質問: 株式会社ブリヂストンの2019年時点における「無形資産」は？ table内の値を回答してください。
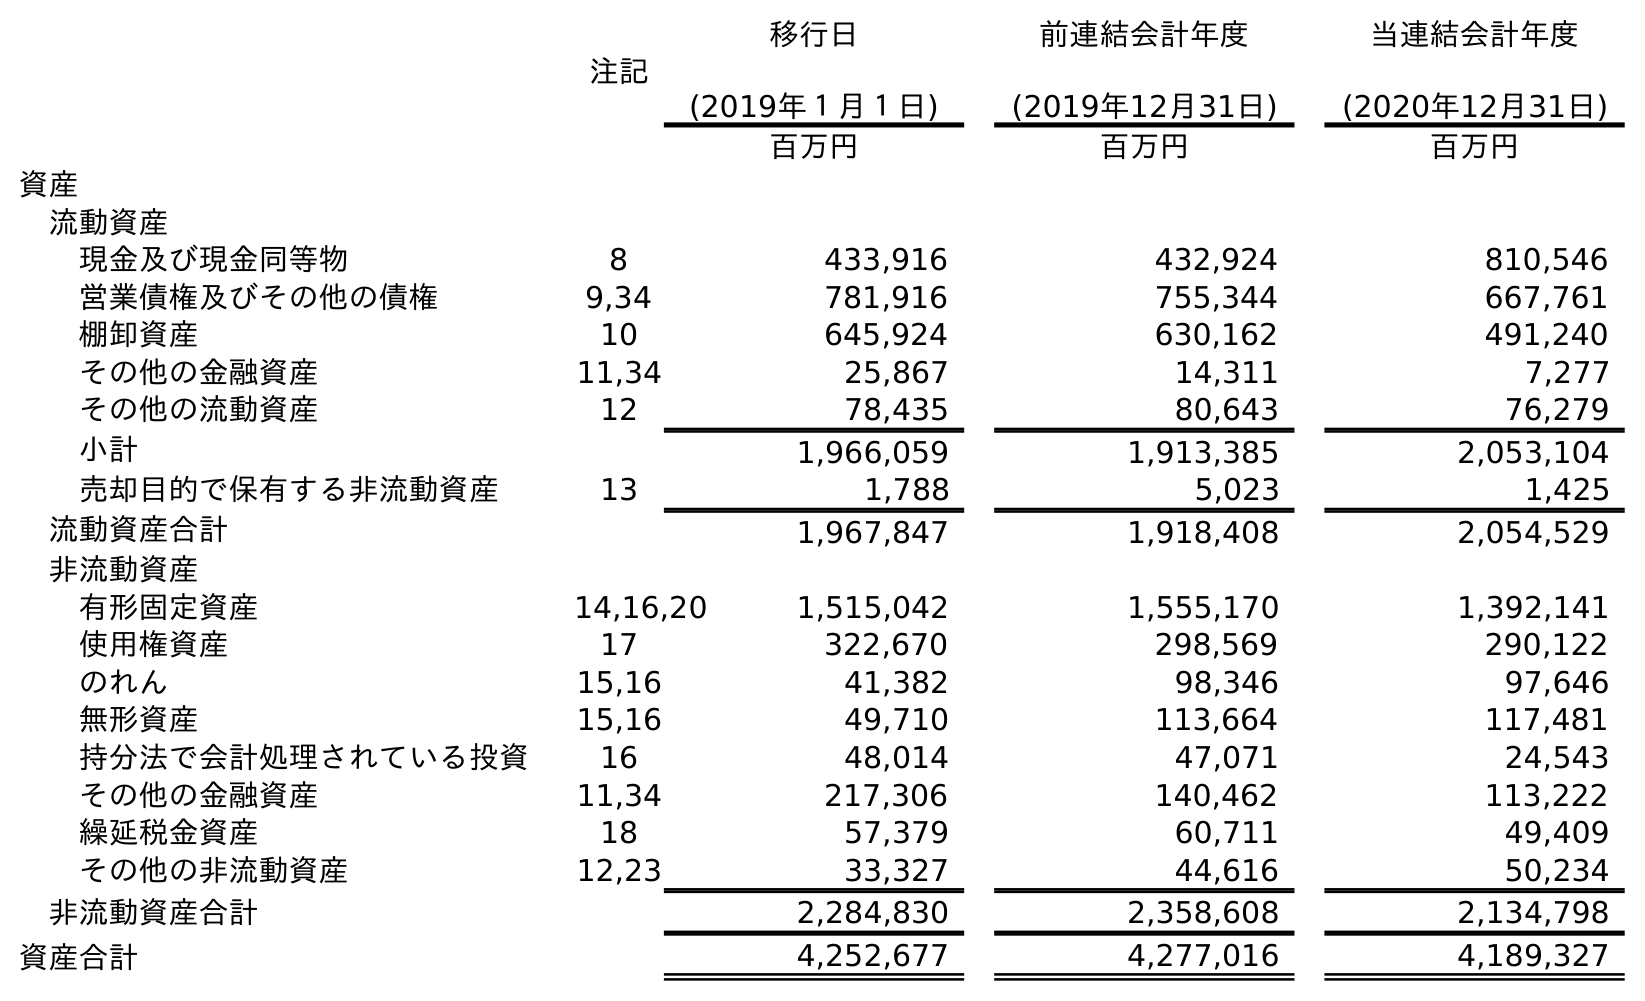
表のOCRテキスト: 注記 移行日 (2019年１月１日) 前連結会計年度 (2019年12月31日) 当連結会計年度 (2020年12月31日) 百万円 百万円 百万円 資産 流動資産 現金及び現金同等物 8 433,916 432,924 810,546 営業債権及びその他の債権 9,34 781,916 755,344 667,761 棚卸資産 10 645,924 630,162 491,240 その他の金融資産 11,34 25,867 14,311 7,277 その他の流動資産 12 78,435 80,643 76,279 小計 1,966,059 1,913,385 2,053,104 売却目的で保有する非流動資産 13 1,788 5,023 1,425 流動資産合計 1,967,847 1,918,408 2,054,529 非流動資産 有形固定資産 14,16,20 1,515,042 1,555,170 1,392,141 使用権資産 17 322,670 298,569 290,122 のれん 15,16 41,382 98,346 97,646 無形資産 15,16 49,710 113,664 117,481 持分法で会計処理されている投資 16 48,014 47,071 24,543 その他の金融資産 11,34 217,306 140,462 113,222 繰延税金資産 18 57,379 60,711 49,409 その他の非流動資産 12,23 33,327 44,616 50,234 非流動資産合計 2,284,830 2,358,608 2,134,798 資産合計 4,252,677 4,277,016 4,189,327
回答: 113,664